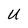
Character: U